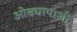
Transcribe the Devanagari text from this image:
ओढ्यापाशी